Leaving Certificate Examination, 1919
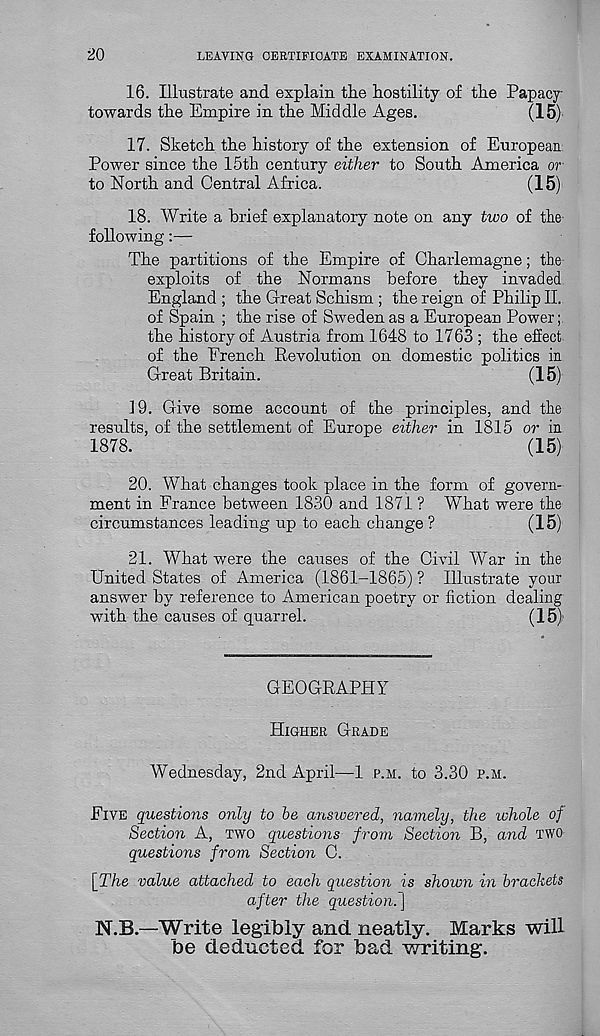
20
LEAVING CERTIFICATE EXAMINATION.
16. Illustrate and explain the hostility of the Papacy
towards the Empire in the Middle Ages.
(15)
17. Sketch the history of the extension of European
Power since the 15th century either to South America or
to North and Central Africa.
(15)
18. Write a brief explanatory note on any two of the
following:—
The partitions of the Empire of Charlemagne; the
exploits of the Normans before they invaded
England ; the Great Schism ; the reign of Philip II.
of Spain ; the rise of Sweden as a European Power;
the history of Austria from 1648 to 1763 ; the effect
of the French Revolution on domestic politics in
Great Britain.
(15)
19. Give some account of the principles, and the
results, of the settlement of Europe either in 1815 or in
1878.
(15)
20. What changes took place in the form of govern-
ment in France between 1830 and 1871 ? What were the
circumstances leading up to each change ?
(15)
21. What were the causes of the Civil War in the
United States of America (1861-1865) ? Illustrate your
answer by reference to American poetry or fiction dealing
with the causes of quarrel.
(15)
GEOGRAPHY
HIGHER GRADE
Wednesday, 2nd April—1 P.M. to 3.30 P.H.
FIVE questions only to he answered, namely, the whole of
Section A, TWO questions from Section B, and TWO
questions from Section C.
[The value attached to each question is shown in brackets
after the question. \
N.B.—Write legibly and neatly. Marks will
be deducted for bad writing.